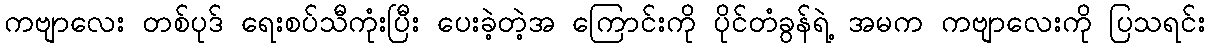
ကဗျာလေး တစ်ပုဒ် ရေးစပ်သီကုံးပြီး ပေးခဲ့တဲ့အ ကြောင်းကို ပိုင်တံခွန်ရဲ့ အမက ကဗျာလေးကို ပြသရင်း